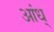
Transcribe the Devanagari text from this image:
आंध्